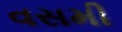
વસમી